Indian Medical Review
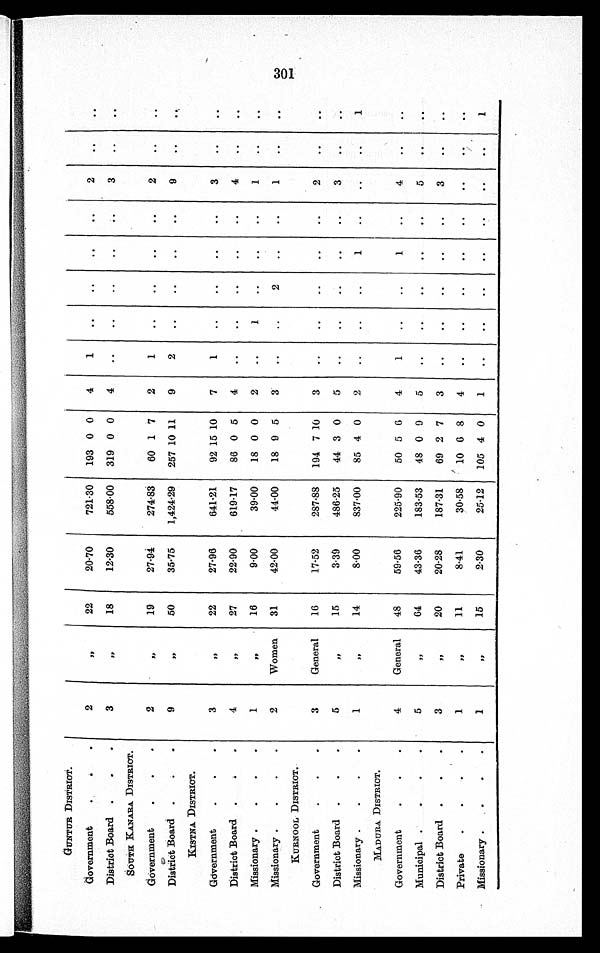
GUNTUR DISTRICT.
Government
2
"
22
20·70
721·30
193 0 0
4
1
..
..
..
. .
2
. .
..
District Board
3
" 18
12·30
558·00 319 0 0
4
..
..
..
. .
..
3
. .
. .
SOUTH KANARA DISTRICT.
Government
2
" 19
27·94
274·83
60 1 7
2
1
..
..
..
..
2
. .
. .
District Board
9
" 50
35·75
1,424·29 257 10 11
9
2
. .
..
. .
. .
9
. .
. .
KISTNA DISTRICT.
Government
3
" 22
27·96
641·21
92 15
1 0 7
1
..
. .
. .
. .
3
. .
. .
District Board
4
" 27
22·90
619·17
86 0 5
4
. .
..
..
..
..
4
. .
. .
Missionary
1
" 16
9·00
39·00
18 0 0
2
..
1
..
..
..
1
. .
. .
Missionary
2
Women
31
42·00
44·00
18 9 5
3
..
..
2
..
..
1
. .
..
KURNOOL DISTRICT.
Government
3
General
16
17·52
287·88
194 7
1 0 3
..
..
..
..
..
2
. .
. .
District Board
5
" 15
3·39
486·25
44 3 0
5
..
..
..
..
..
3
..
..
Missionary
1
" 14
8·00
837·00
85 4 0
2
..
..
..
1
.. ..
. .
1
MADURA. DISTRICT.
Government
4
General
48
59·56
225·90
50 5 6
4
1
..
..
1
..
4
..
..
Municipal
5
" 64
43·36
183·53
48 0 9
5
..
..
..
..
. .
5
. .
. .
District Board
3
" 20
20·28
187·31
69 2 7
3
..
..
..
..
..
3
..
. .
Private
1
" 11
8·41
30·58
10 6 8
4
..
..
..
..
..
..
. .
. .
Missionary
1
" 15
2·30
25·12 105 4 0
1
..
..
..
..
. .
..
. .
1